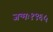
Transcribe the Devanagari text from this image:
जन्मः१९६५